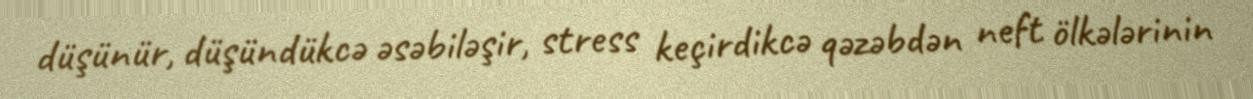
düşünür, düşündükcə əsəbiləşir, stress keçirdikcə qəzəbdən neft ölkələrinin